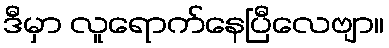
ဒီမှာ လူရောက်နေပြီလေဗျာ။